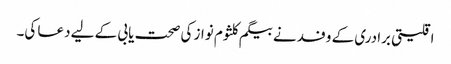
اقلیتی برادری کے وفد نے بیگم کلثوم نواز کی صحت یابی کے لیے دعا کی۔